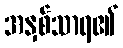
အနှစ်သာရ၏